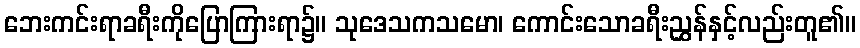
ဘေးကင်းရာခရီးကိုပြောကြားရာ၌။ သုဒေသကသမော၊ ကောင်းသောခရီးညွှန်နှင့်လည်းတူ၏။